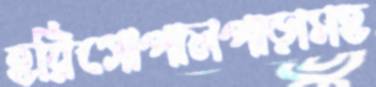
হরিগোপালপাড়াসহ